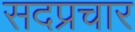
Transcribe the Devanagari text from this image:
सदप्रचार